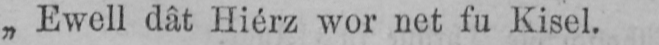
„Ewell dât Hiérz wor net fu Kisel.